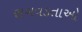
સગવડતાઓ